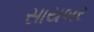
સાયબર